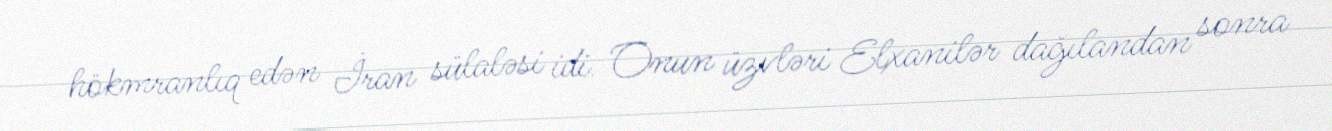
hökmranlıq edən İran sülaləsi idi. Onun üzvləri Elxanilər dağılandan sonra